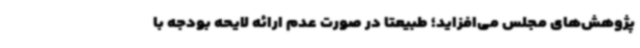
پژوهش‌های مجلس می‌افزاید؛ طبیعتاً در صورت عدم ارائه لایحه بودجه با